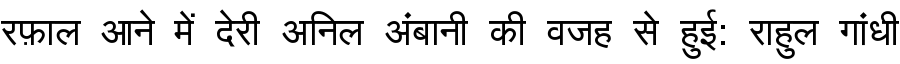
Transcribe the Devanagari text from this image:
रफ़ाल आने में देरी अनिल अंबानी की वजह से हुई: राहुल गांधी